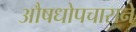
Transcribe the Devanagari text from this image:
औषधोपचाराने